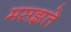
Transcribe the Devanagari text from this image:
मसझते